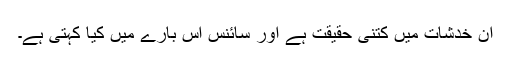
ان خدشات میں کتنی حقیقت ہے اور سائنس اس بارے میں کیا کہتی ہے۔